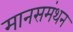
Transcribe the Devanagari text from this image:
मानसमंथन